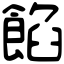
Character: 餡